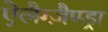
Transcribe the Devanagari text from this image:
ऐलैग्ज़ैण्ड्रा